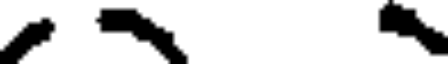
.